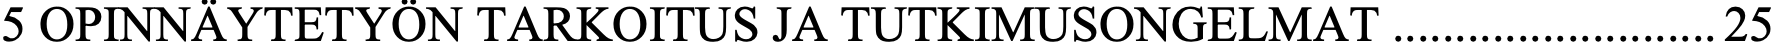
5 OPINNÄYTETYÖN TARKOITUS JA TUTKIMUSONGELMAT .......................... 25